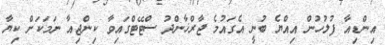
އިންޑިއާ ފުލުހުން އިއްޔެ ބުނީ އެގައުމެ ޖާރްޚާންދު ސްޓޭޓްގައިވާ ކިންޖިއާ ނަމަކަށް ކިޔާ